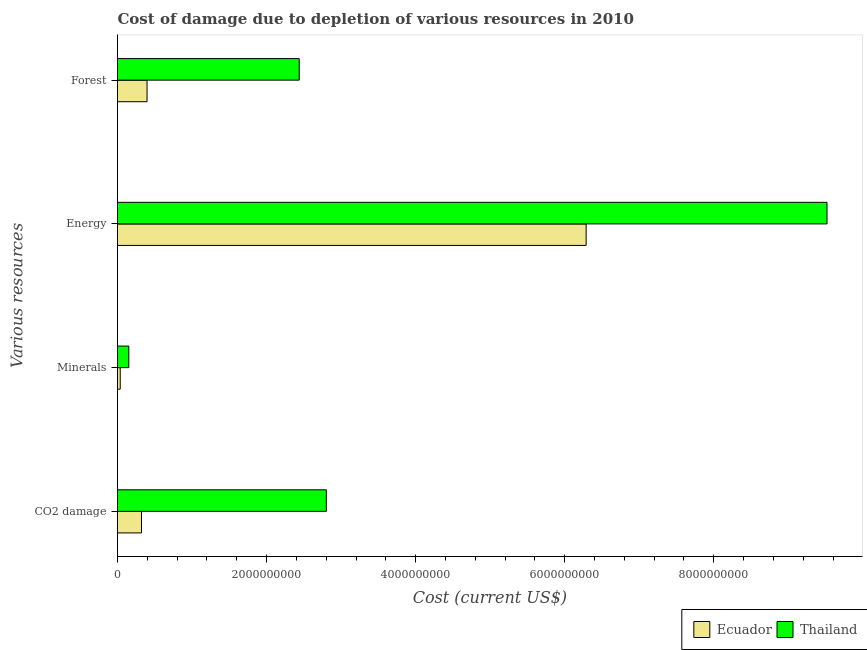
| Various resources | Ecuador | Thailand |
 | --- | --- | --- |
 | CO2 damage | 3.22e+08 | 2.8e+09 |
 | Minerals | 3.66e+07 | 1.52e+08 |
 | Energy | 6.29e+09 | 9.52e+09 |
 | Forest | 3.96e+08 | 2.44e+09 |